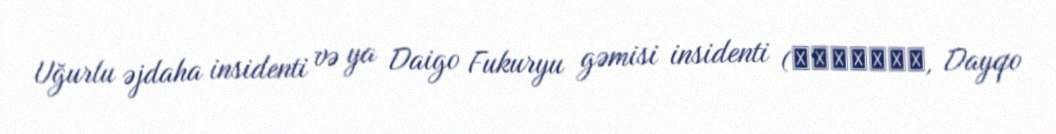
Uğurlu əjdaha insidenti və ya Daigo Fukuryu gəmisi insidenti (第五福龍丸事件, Dayqo